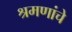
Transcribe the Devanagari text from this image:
श्रमणांचे